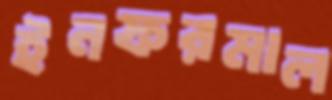
ইনফরমাল